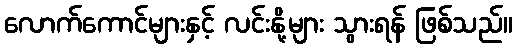
လောက်ကောင်များနှင့် လင်းနို့များ သွားရန် ဖြစ်သည်။